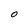
Character: O